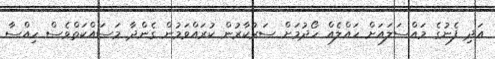
އަދި ފެނުގެ މައްސަލައަށް ހައްލެއް ހޯދުމަށް ސަރުކާރުން ކުރައްވަމުން ގެންދާ މަސައްކަތްވެސް ހިއްސާ